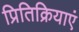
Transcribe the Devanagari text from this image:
प्रितिक्रियाएं